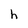
Character: h